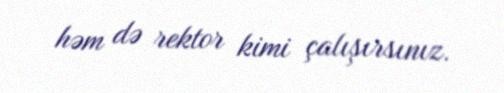
həm də rektor kimi çalışırsınız.